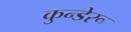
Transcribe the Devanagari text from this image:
कुन्डेरू